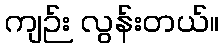
ကျဉ်း လွန်းတယ်။